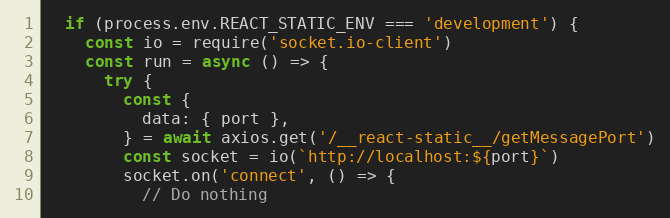
Language: JavaScript
  if (process.env.REACT_STATIC_ENV === 'development') {
    const io = require('socket.io-client')
    const run = async () => {
      try {
        const {
          data: { port },
        } = await axios.get('/__react-static__/getMessagePort')
        const socket = io(`http://localhost:${port}`)
        socket.on('connect', () => {
          // Do nothing